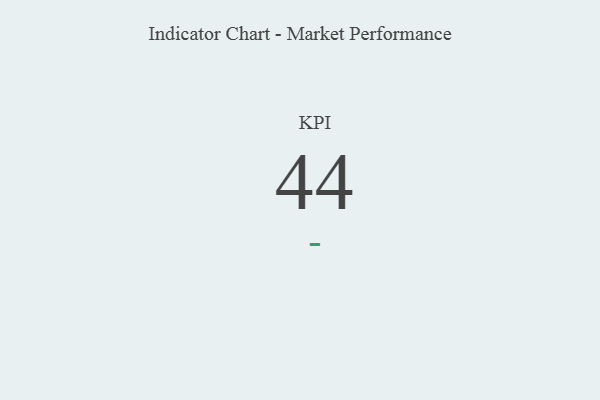
{"axis": {"x": "KPI", "y": "Value"}, "legend": [""], "data": [{"x": "KPI", "y": 44, "type": ""}]}